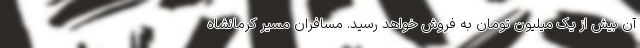
آن بیش از یک میلیون تومان به فروش خواهد رسید. مسافران مسیر کرمانشاه